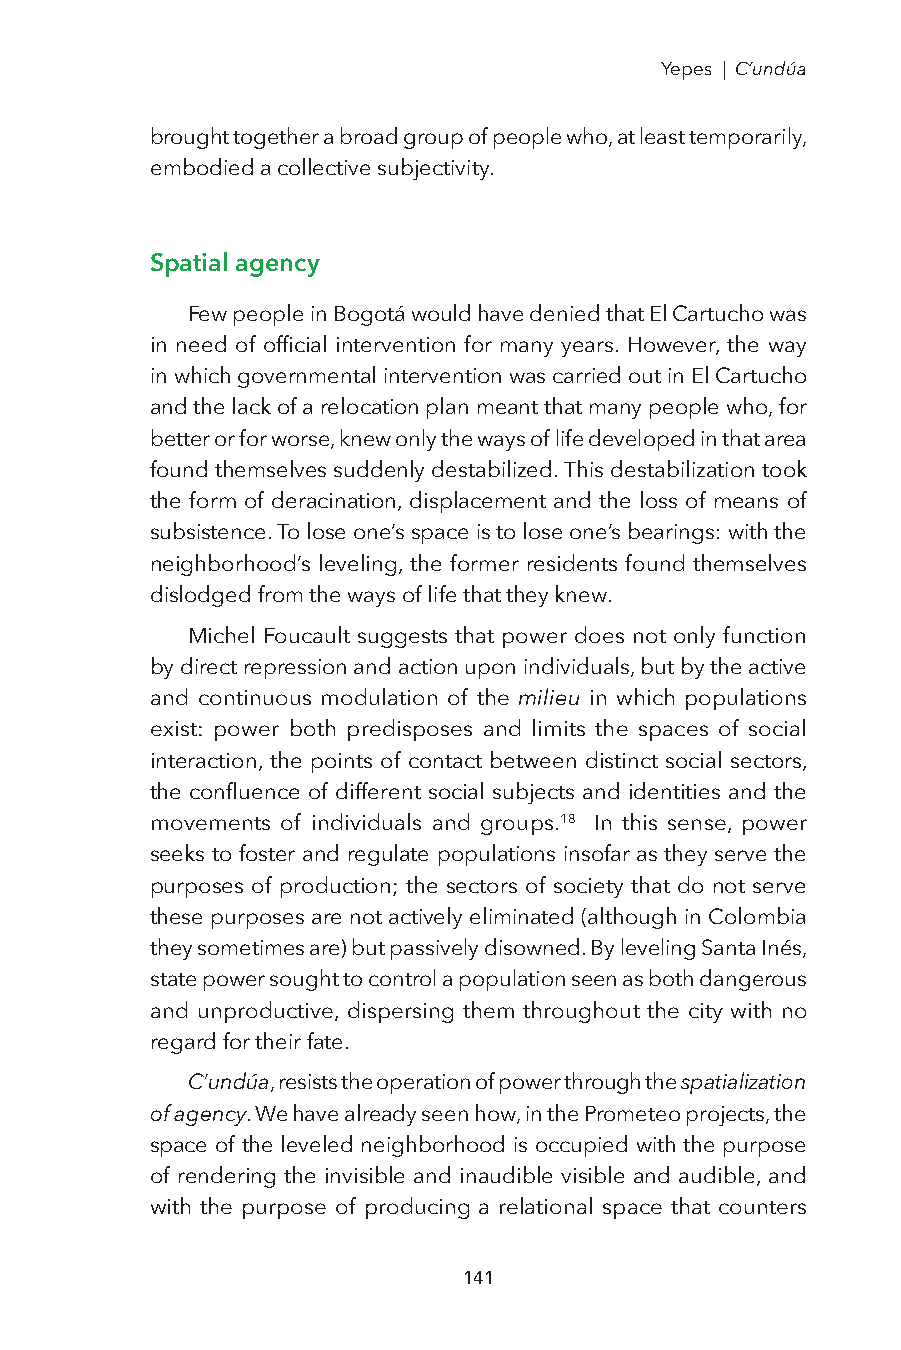
Yepes | C’undúa
 brought together a broad group of people who, at least temporarily,
 embodied a collective subjectivity.
 Spatial agency
 Few people in Bogotá would have denied that El Cartucho was
 in need of official intervention for many years. However, the way
 in which governmental intervention was carried out in El Cartucho
 and the lack of a relocation plan meant that many people who, for
 better or for worse, knew only the ways of life developed in that area
 found themselves suddenly destabilized. This destabilization took
 the form of deracination, displacement and the loss of means of
 subsistence. To lose one’s space is to lose one’s bearings: with the
 neighborhood’s leveling, the former residents found themselves
 dislodged from the ways of life that they knew.
 Michel Foucault suggests that power does not only function
 by direct repression and action upon individuals, but by the active
 and continuous modulation of the milieu in which populations
 exist: power both predisposes and limits the spaces of social
 interaction, the points of contact between distinct social sectors,
 the confluence of different social subjects and identities and the
 movements of individuals and groups.18 In this sense, power
 seeks to foster and regulate populations insofar as they serve the
 purposes of production; the sectors of society that do not serve
 these purposes are not actively eliminated (although in Colombia
 they sometimes are) but passively disowned. By leveling Santa Inés,
 state power sought to control a population seen as both dangerous
 and unproductive, dispersing them throughout the city with no
 regard for their fate.
 C’undúa, resists the operation of power through the spatialization
 of agency. We have already seen how, in the Prometeo projects, the
 space of the leveled neighborhood is occupied with the purpose
 of rendering the invisible and inaudible visible and audible, and
 with the purpose of producing a relational space that counters
 141